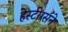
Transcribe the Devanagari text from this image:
हेस्टींग्सने